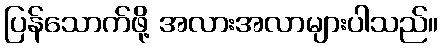
ပြန်သောက်ဖို့ အလားအလာများပါသည်။